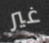
غير